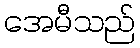
အေမီသည်